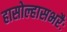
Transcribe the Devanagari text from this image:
हासोल्हासभरैः